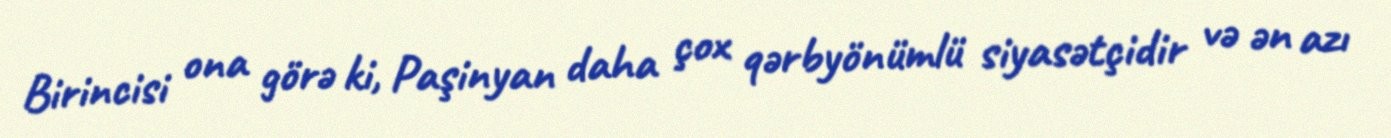
Birincisi ona görə ki, Paşinyan daha çox qərbyönümlü siyasətçidir və ən azı